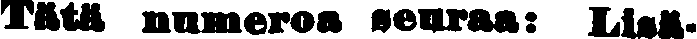
Tätä numeroa seuraa: Lisä-